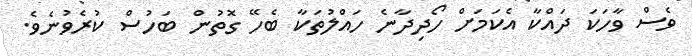
ވެސް ވާހަކަ ދައްކާ އެކަމަށް ހޯދިދާނެ ހައްލުތަކާ ބެހޭ ގޮތުން ބަހުސް ކުރެވުނެވެ.